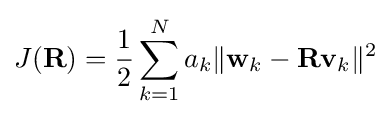
J(\mathbf {R} )={\frac {1}{2}}\sum _{k=1}^{N}a_{k}\|\mathbf {w} _{k}-\mathbf {R} \mathbf {v} _{k}\|^{2}